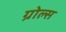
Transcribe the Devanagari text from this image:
ग्रोल्स